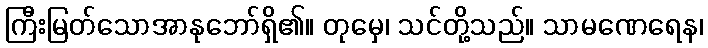
ကြီးမြတ်သောအာနုဘော်ရှိ၏။ တုမှေ၊ သင်တို့သည်။ သာမဏေရေန၊